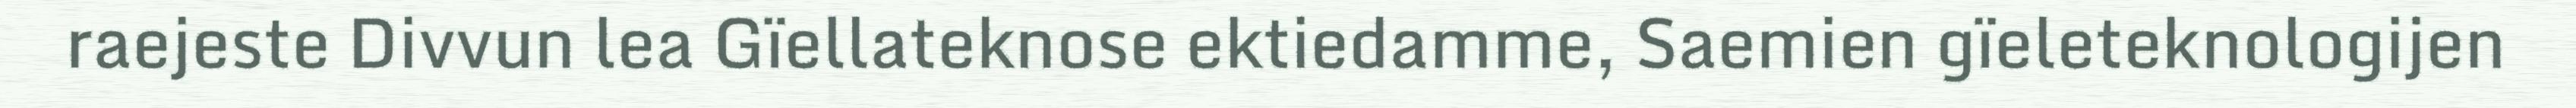
raejeste Divvun lea Gïellateknose ektiedamme, Saemien gïeleteknologijen